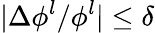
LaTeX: |\Delta\phi^{l}/\phi^{l}|\leq\delta